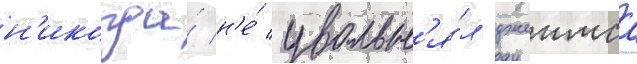
н'икогда́ н'е́ увольн'я́л джеимса